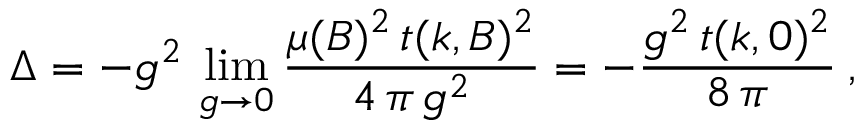
\Delta = - g ^ { 2 } \, \operatorname * { l i m } _ { g \to 0 } \frac { \mu ( B ) ^ { 2 } \, t ( k , B ) ^ { 2 } } { 4 \, \pi \, g ^ { 2 } } = - \frac { g ^ { 2 } \, t ( k , 0 ) ^ { 2 } } { 8 \, \pi } \: ,